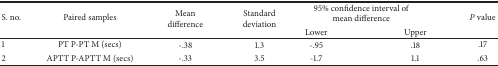
<table><thead><tr><td rowspan="2"><b>S. no.</b></td><td rowspan="2"><b>Paired samples</b></td><td rowspan="2"><b>Mean difference</b></td><td rowspan="2"><b>Standard deviation</b></td><td colspan="2"><b>95% confidence interval of mean difference</b></td><td rowspan="2"><b><i>P</i> value</b></td></tr><tr><td><b> Lower</b></td><td><b>Upper</b></td></tr></thead><tbody><tr><td>1</td><td>PT P-PT M (secs)</td><td>-.38</td><td>1.3</td><td> -.95</td><td>.18</td><td>.17</td></tr><tr><td>2</td><td>APTT P-APTT M (secs)</td><td>-.33</td><td>3.5</td><td> -1.7</td><td>1.1</td><td>.63</td></tr></tbody></table>